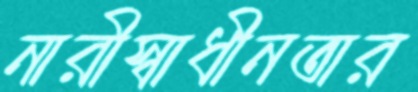
নারীস্বাধীনতার